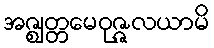
အဇ္ဈတ္တမေဝုဇ္ဇလယာမိ